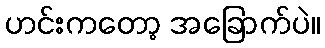
ဟင်းကတော့ အခြောက်ပဲ။